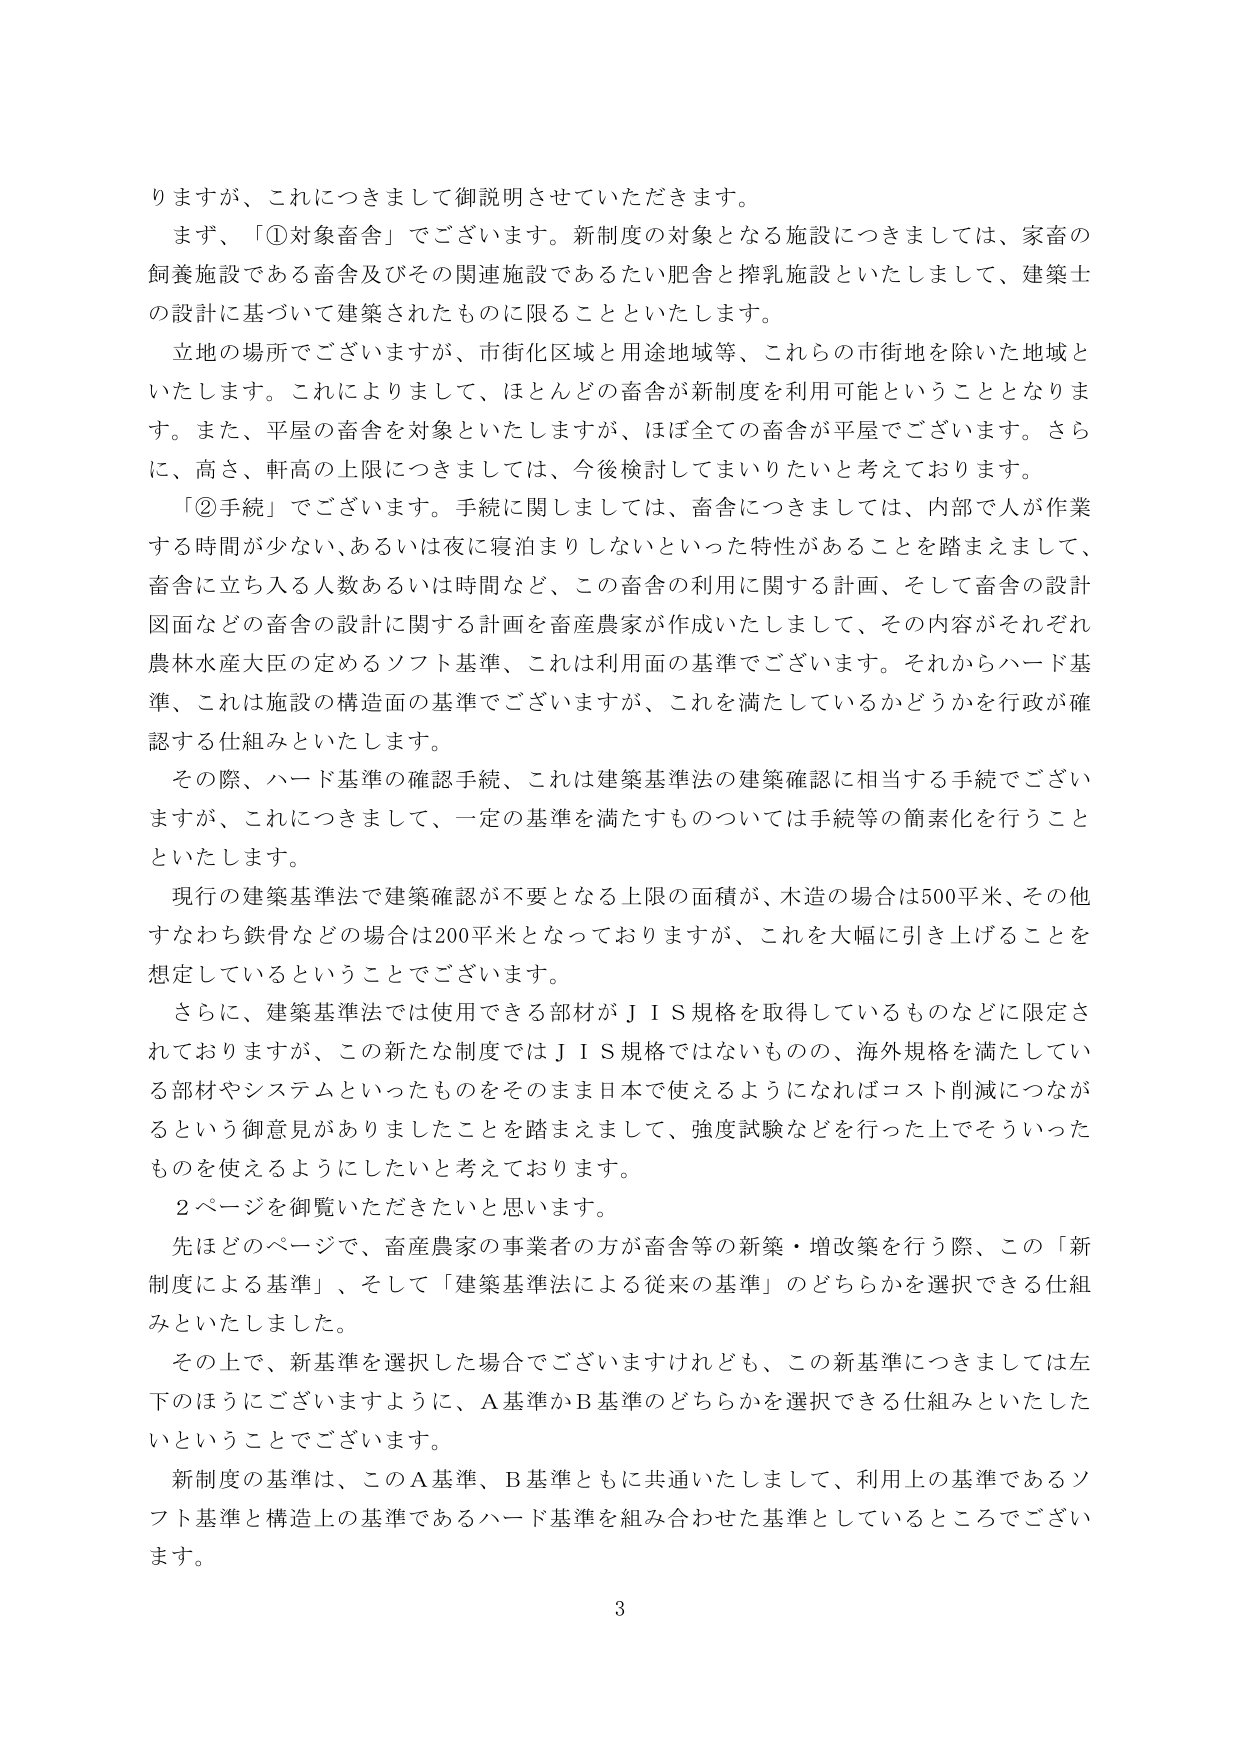
りますが、これにつきまして御説明させていただきます。

まず、「①対象畜舎」でございます。新制度の対象となる施設につきましては、家畜の飼養施設である畜舎及びその関連施設であるたい肥舎と搾乳施設といたしまして、建築士の設計に基づいて建築されたものに限ることといたします。

立地の場所でございますが、市街化区域と用途地域等、これらの市街地を除いた地域といたします。これによりまして、ほとんどの畜舎が新制度を利用可能ということとなります。また、平屋の畜舎を対象といたしますが、ほぼ全ての畜舎が平屋でございます。さらに、高さ、軒高の上限につきましては、今後検討してまいりたいと考えております。

「②手続」でございます。手続に関しましては、畜舎につきましては、内部で人が作業する時間が少ない、あるいは夜に寝泊まりしないといった特性があることを踏まえまして、畜舎に立ち入る人数あるいは時間など、この畜舎の利用に関する計画、そして畜舎の設計図面などの畜舎の設計に関する計画を畜産農家が作成いたしまして、その内容がそれぞれ農林水産大臣の定めるソフト基準、これは利用面の基準でございます。それからハード基準、これは施設の構造面の基準でございますが、これを満たしているかどうかを行政が確認する仕組みといたします。

その際、ハード基準の確認手続、これは建築基準法の建築確認に相当する手続でございますが、これにつきまして、一定の基準を満たすものについては手続等の簡素化を行うことといたします。

現行の建築基準法で建築確認が不要となる上限の面積が、木造の場合は500平米、その他すなわち鉄骨などの場合は200平米となっておりますが、これを大幅に引き上げることを想定しているということでございます。

さらに、建築基準法では使用できる部材がＪＩＳ規格を取得しているものなどに限定されておりますが、この新たな制度ではＪＩＳ規格ではないものの、海外規格を満たしている部材やシステムといったものをそのまま日本で使えるようになればコスト削減につながるという御意見がありましたことを踏まえまして、強度試験などを行った上でそういったものを使えるようにしたいと考えております。

２ページを御覧いただきたいと思います。

先ほどのページで、畜産農家の事業者の方が畜舎等の新築・増改築を行う際、この「新制度による基準」、そして「建築基準法による従来の基準」のどちらかを選択できる仕組みといたしました。

その上で、新基準を選択した場合でございますけれども、この新基準につきましては左下のほうにございますように、Ａ基準かＢ基準のどちらかを選択できる仕組みといたしたいということでございます。

新制度の基準は、このＡ基準、Ｂ基準ともに共通いたしまして、利用上の基準であるソフト基準と構造上の基準であるハード基準を組み合わせた基準としているところでございます。

3